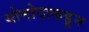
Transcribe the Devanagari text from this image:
योमोदाकडून